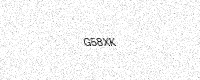
Text: G58XK